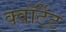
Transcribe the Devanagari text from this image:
क्वॉर्टेट